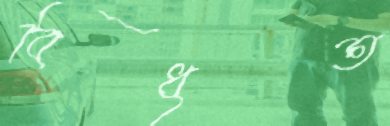
বিধৃত